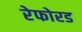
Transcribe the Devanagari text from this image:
रेफोरड